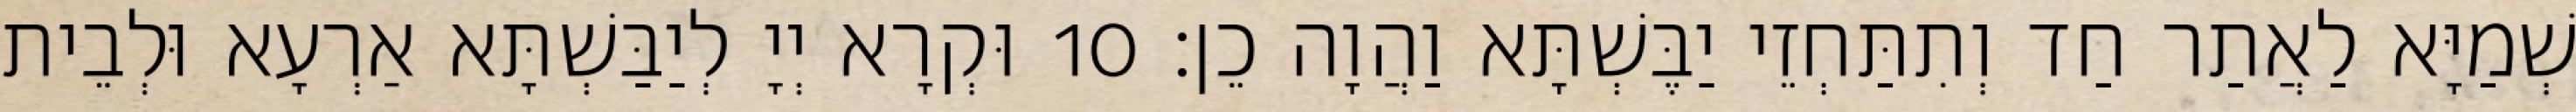
שְׁמַיָּא לַאֲתַר חַד וְתִתַּחְזֵי יַבֶּשְׁתָּא וַהֲוָה כֵן׃ 10 וּקְרָא יְיָ לְיַבַּשְׁתָּא אַרְעָא וּלְבֵית